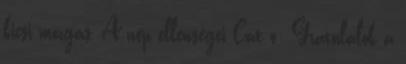
kicsi mozgás, A nép ellenségei Cat ó: Gratulálok a